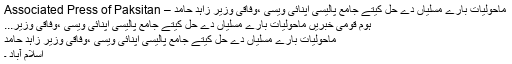
ماحولیات بارے مسلیاں دے حل کیتے جامع پالیسی اپنائی ویسی ،وفاقی وزیر زاہد حامد – Associated Press of Paksitan
ہوم قومی خبریں ماحولیات بارے مسلیاں دے حل کیتے جامع پالیسی اپنائی ویسی ،وفاقی وزیر...
ماحولیات بارے مسلیاں دے حل کیتے جامع پالیسی اپنائی ویسی ،وفاقی وزیر زاہد حامد
اسلام آباد ۔